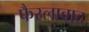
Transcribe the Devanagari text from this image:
फैस्लाबाद